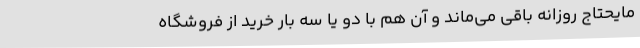
مایحتاج روزانه باقی می‌ماند و آن هم با دو یا سه بار خرید از فروشگاه